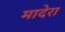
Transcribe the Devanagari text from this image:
मादेरा